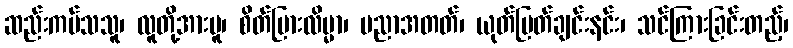
ဆည်းကပ်သသူ၊ လူတို့အားမူ၊ စိတ်ပြားလိမ္မာ၊ ပညာအတတ်၊ ယုတ်မြတ်ချင်းနင်း၊ သင်ကြားခြင်းတည့်၊